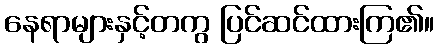
နေရာများနှင့်တကွ ပြင်ဆင်ထားကြ၏။